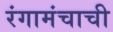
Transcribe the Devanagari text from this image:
रंगामंचाची